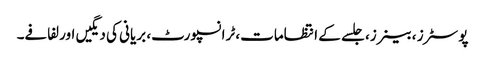
پوسٹرز ، بینرز، جلسے کے انتظامات، ٹرانسپورٹ، بریانی کی دیگیں اور لفافے۔